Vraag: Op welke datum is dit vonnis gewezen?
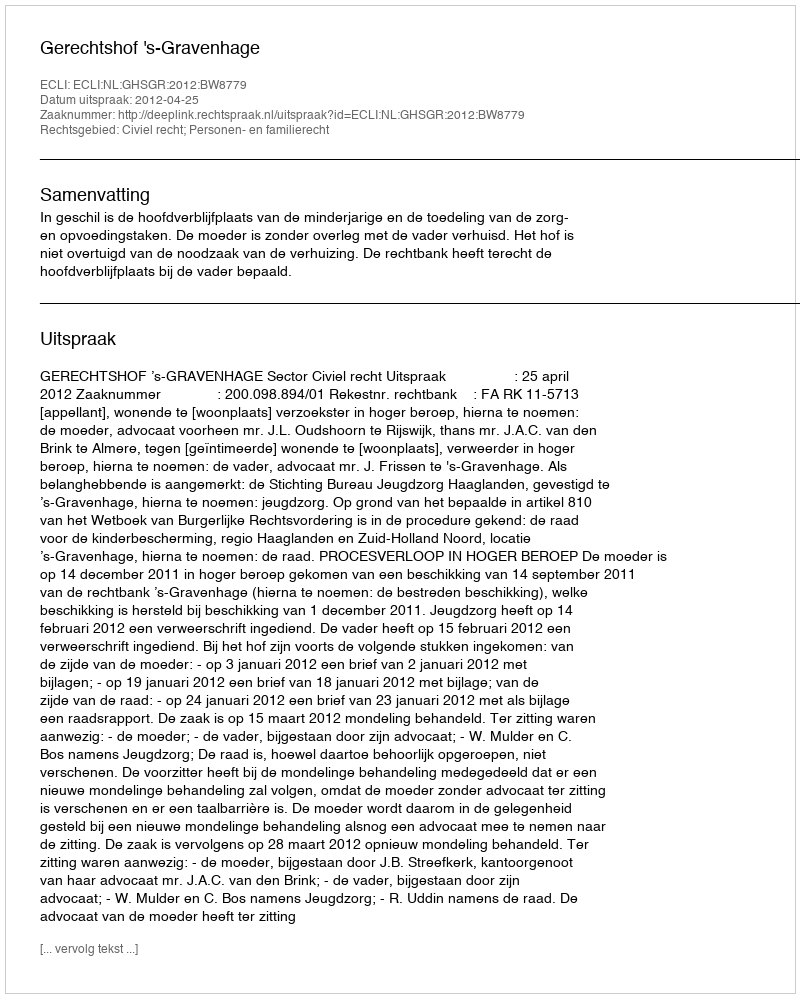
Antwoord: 2012-04-25